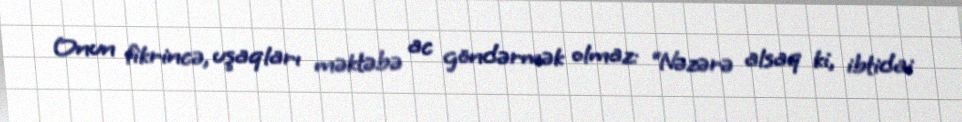
Onun fikrincə, uşaqları məktəbə ac göndərmək olmaz: “Nəzərə alsaq ki, ibtidai